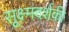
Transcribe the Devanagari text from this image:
सूक्ष्मदर्शकी